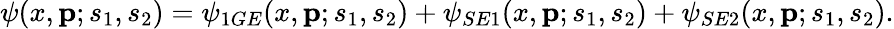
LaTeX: \psi(x,{\mathbf p};s_{1},s_{2})=\psi_{1GE}(x,{\mathbf p};s_{1},s_{2})+\psi_{SE1}(x,{\mathbf p};s_{1},s_{2})+\psi_{SE2}(x,{\mathbf p};s_{1},s_{2}).